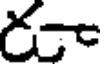
రా